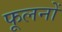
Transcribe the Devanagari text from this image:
फूलनों